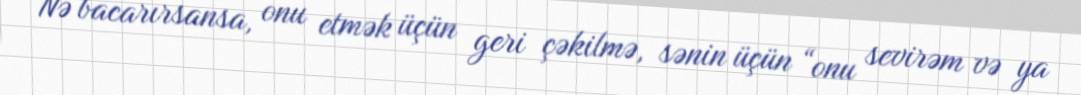
Nə bacarırsansa, onu etmək üçün geri çəkilmə, sənin üçün “onu sevirəm və ya